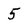
Character: 5